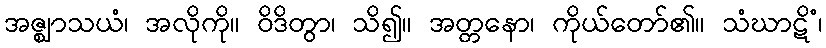
အဇ္ဈာသယံ၊ အလိုကို။ ဝိဒိတွာ၊ သိ၍။ အတ္တနော၊ ကိုယ်တော်၏။ သံဃာဋိံ၊